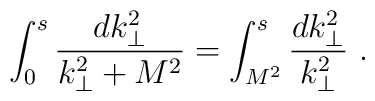
\int_0^s \frac{d k^2_{\perp}}{k^2_{\perp} + M^2} =  \int_{M^2}^s\frac{d k^2_{\perp}}{k^2_{\perp}} ~.